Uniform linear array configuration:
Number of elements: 64
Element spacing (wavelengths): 1
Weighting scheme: cosine
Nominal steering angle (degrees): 30
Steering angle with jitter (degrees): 31.33
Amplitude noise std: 0.05
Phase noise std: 0.05

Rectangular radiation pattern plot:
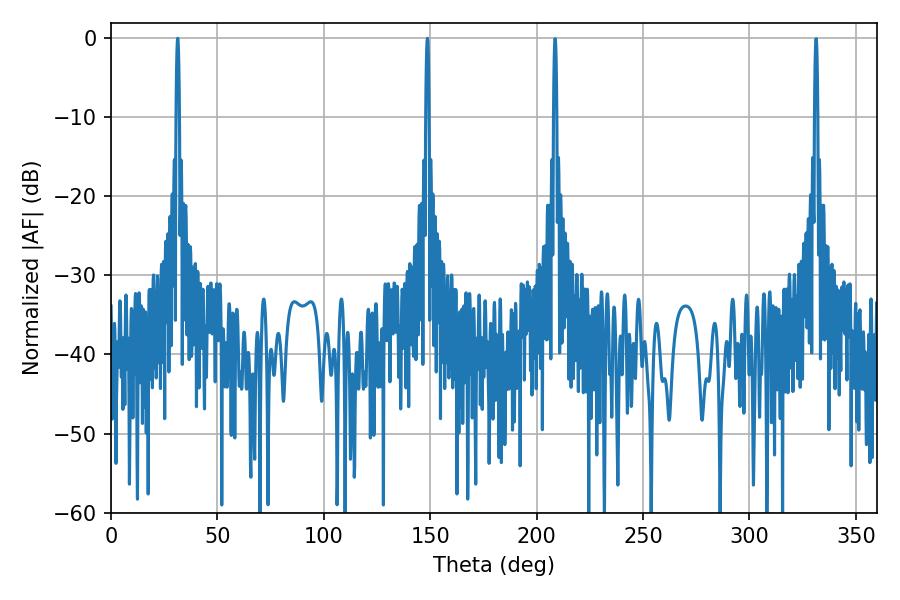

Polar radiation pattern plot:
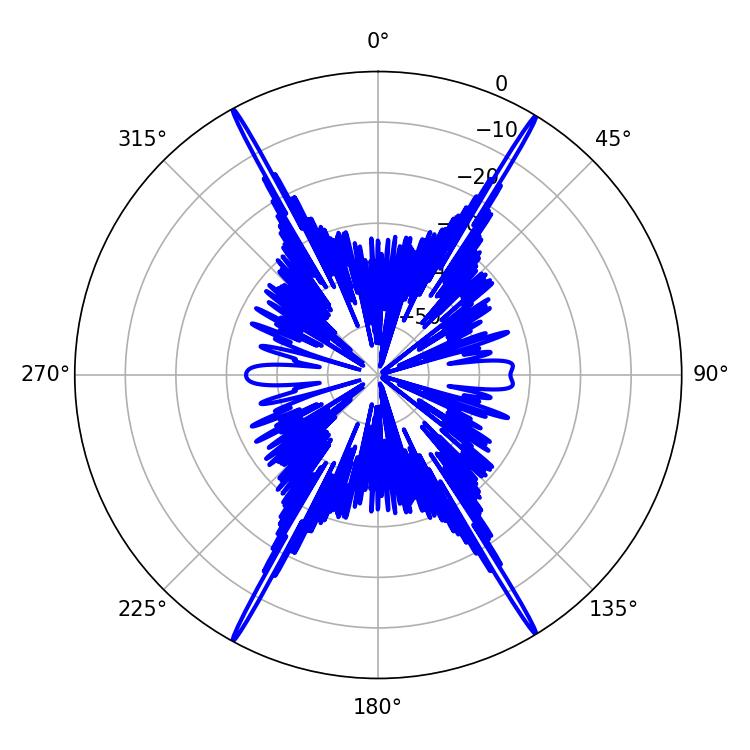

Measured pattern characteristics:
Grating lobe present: TRUE
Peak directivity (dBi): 30.057
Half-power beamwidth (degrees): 0.72
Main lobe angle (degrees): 31.32